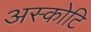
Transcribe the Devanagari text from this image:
अस्कोटि